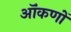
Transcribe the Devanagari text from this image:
ऑंकणों